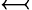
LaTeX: \leftarrowtail